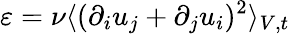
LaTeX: \varepsilon=\nu\langle(\partial_{i}u_{j}+\partial_{j}u_{i})^{2}\rangle_{V,t}